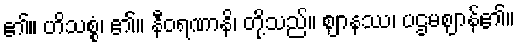
၏။ ဟိသစ္စံ၊ ၏။ နီဝရဏာနိ၊ တို့သည်။ ဈာနဿ၊ ပဌမဈာန်၏။